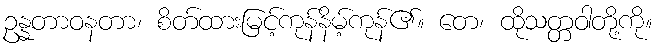
ဥန္နတာဝနတာ၊ စိတ်ထားမြင့်ကုန်နိမ့်ကုန်၏။ တေ၊ ထိုသတ္တဝါတို့ကို။